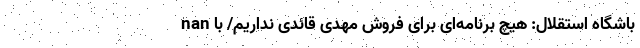
nan باشگاه استقلال: هیچ برنامه‌ای برای فروش مهدی قائدی نداریم/ با